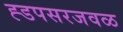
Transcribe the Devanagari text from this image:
ह्डपसरजवळ